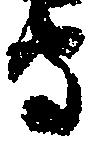
守